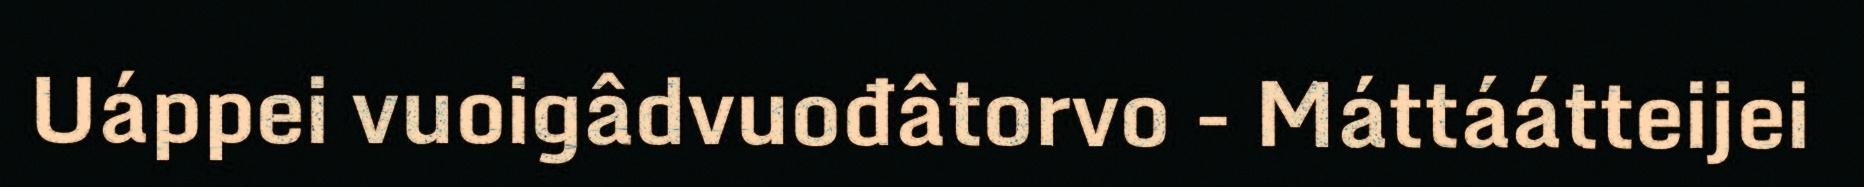
Uáppei vuoigâdvuođâtorvo - Máttáátteijei